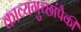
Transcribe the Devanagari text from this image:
काव्यगुच्छांपैकी